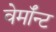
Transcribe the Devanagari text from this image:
वेर्माॅन्ट